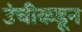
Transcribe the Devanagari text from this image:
उंचीकडून